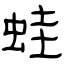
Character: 蛙